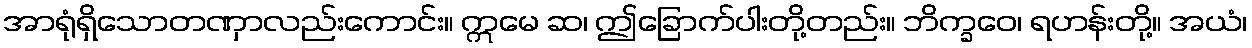
အာရုံရှိသောတဏှာလည်းကောင်း။ ဣမေ ဆ၊ ဤခြောက်ပါးတို့တည်း။ ဘိက္ခဝေ၊ ရဟန်းတို့။ အယံ၊